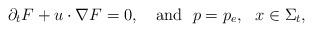
LaTeX: \begin{align*}\partial_tF+u\cdot \nabla F=0,~~~\mbox{and}~~p=p_e,~~x\in\Sigma_t,\end{align*}